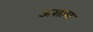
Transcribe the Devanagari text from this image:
अशाम